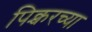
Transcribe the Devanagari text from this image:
पिक्चरच्या